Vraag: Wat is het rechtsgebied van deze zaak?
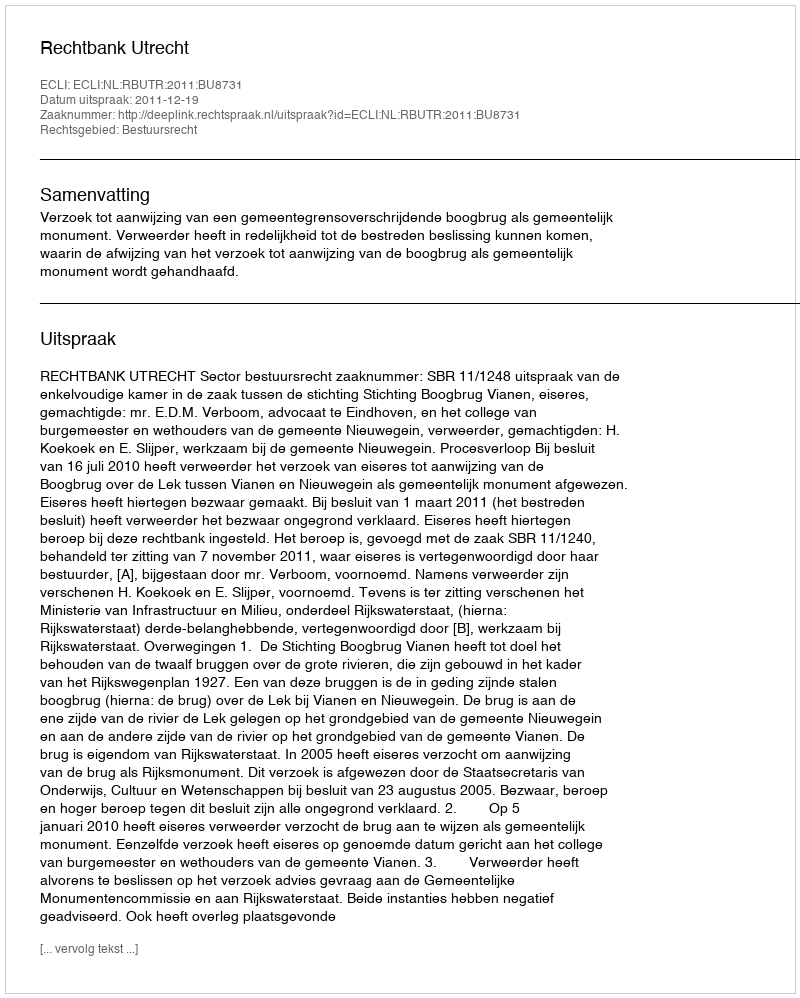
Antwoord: Bestuursrecht